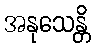
အနုသေန္တိ